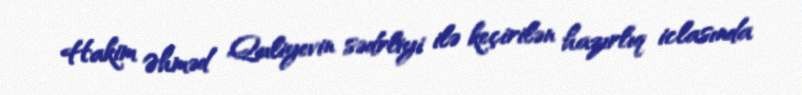
Hakim Əhməd Quliyevin sədrliyi ilə keçirilən hazırlıq iclasında